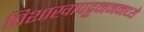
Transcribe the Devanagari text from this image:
विशाखापट्टनममध्ये